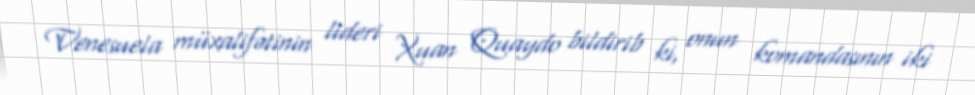
Venesuela müxalifətinin lideri Xuan Quaydo bildirib ki, onun komandasının iki